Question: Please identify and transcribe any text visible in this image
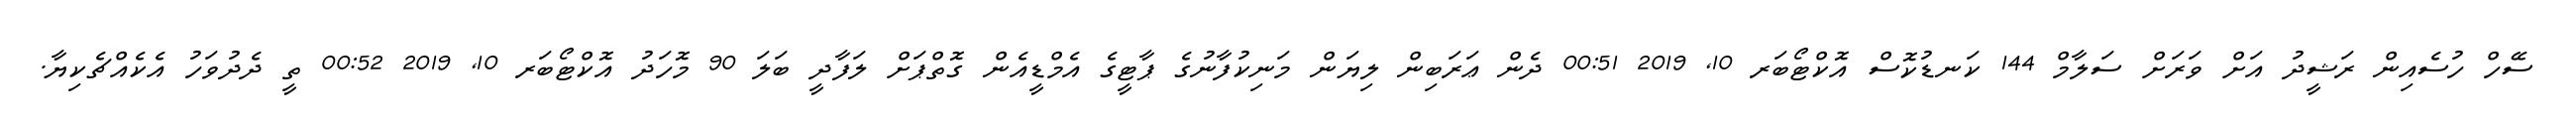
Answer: ސޭހް ހުސެއިން ރަޝީދު އަށް ވަރަށް ސަލާމް 144 ކަނޑުކޮސް އޮކްޓޯބަރ 10, 2019 00:51 ދެން ޢަރަބިން ލިޔަން މަނިކުފާނުގެ ޕާޓީގެ އެމްޑީއެން ގޮތްޕަށް ލަފާދީ ބަލަ 90 މޮހަދު އޮކްޓޯބަރ 10, 2019 00:52 ތީ ދެދުވަހު އެކެއްޗެކިޔާ.